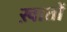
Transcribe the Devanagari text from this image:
ख़ातों